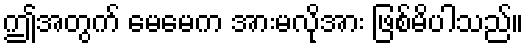
ဤအတွက် မေမေက အားမလိုအား ဖြစ်မိပါသည်။